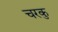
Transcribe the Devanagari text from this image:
चरकु